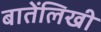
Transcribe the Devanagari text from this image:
बातेंलिखी